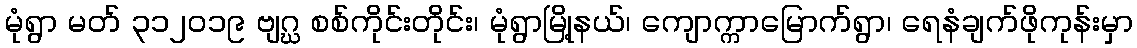
မုံရွာ မတ် ၃၁၂၀၁၉ ဗျဂ္ဃ စစ်ကိုင်းတိုင်း၊ မုံရွာမြို့နယ်၊ ကျောက္ကာမြောက်ရွာ၊ ရေနံချက်ဖိုကုန်းမှာ